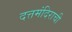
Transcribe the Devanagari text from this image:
दत्तमंदिराची